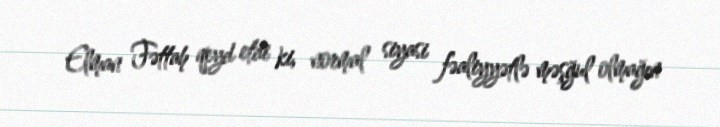
Elman Fəttah qeyd etdi ki, normal siyasi fəaliyyətlə məşğul olmağın